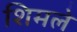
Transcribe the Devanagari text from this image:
शिमले